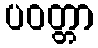
ပဝတ္တာ